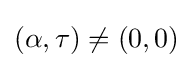
(\alpha ,\tau )\neq (0,0)